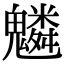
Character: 𩴠